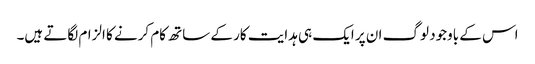
اس کے باوجود لوگ ان پر ایک ہی ہدایت کار کے ساتھ کام کرنے کا الزام لگاتے ہیں۔